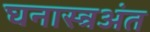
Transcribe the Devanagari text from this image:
घनास्त्रअंत